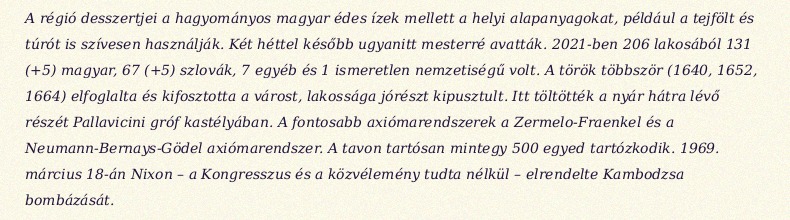
A régió desszertjei a hagyományos magyar édes ízek mellett a helyi alapanyagokat, például a tejfölt és túrót is szívesen használják. Két héttel később ugyanitt mesterré avatták. 2021-ben 206 lakosából 131 (+5) magyar, 67 (+5) szlovák, 7 egyéb és 1 ismeretlen nemzetiségű volt. A török többször (1640, 1652, 1664) elfoglalta és kifosztotta a várost, lakossága jórészt kipusztult. Itt töltötték a nyár hátra lévő részét Pallavicini gróf kastélyában. A fontosabb axiómarendszerek a Zermelo-Fraenkel és a Neumann-Bernays-Gödel axiómarendszer. A tavon tartósan mintegy 500 egyed tartózkodik. 1969. március 18-án Nixon – a Kongresszus és a közvélemény tudta nélkül – elrendelte Kambodzsa bombázását.